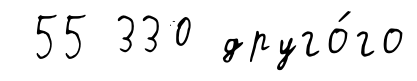
55 330 друго́го